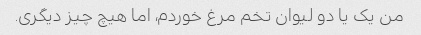
من یک یا دو لیوان تخم مرغ خوردم، اما هیچ چیز دیگری.